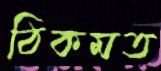
ঠিকমত